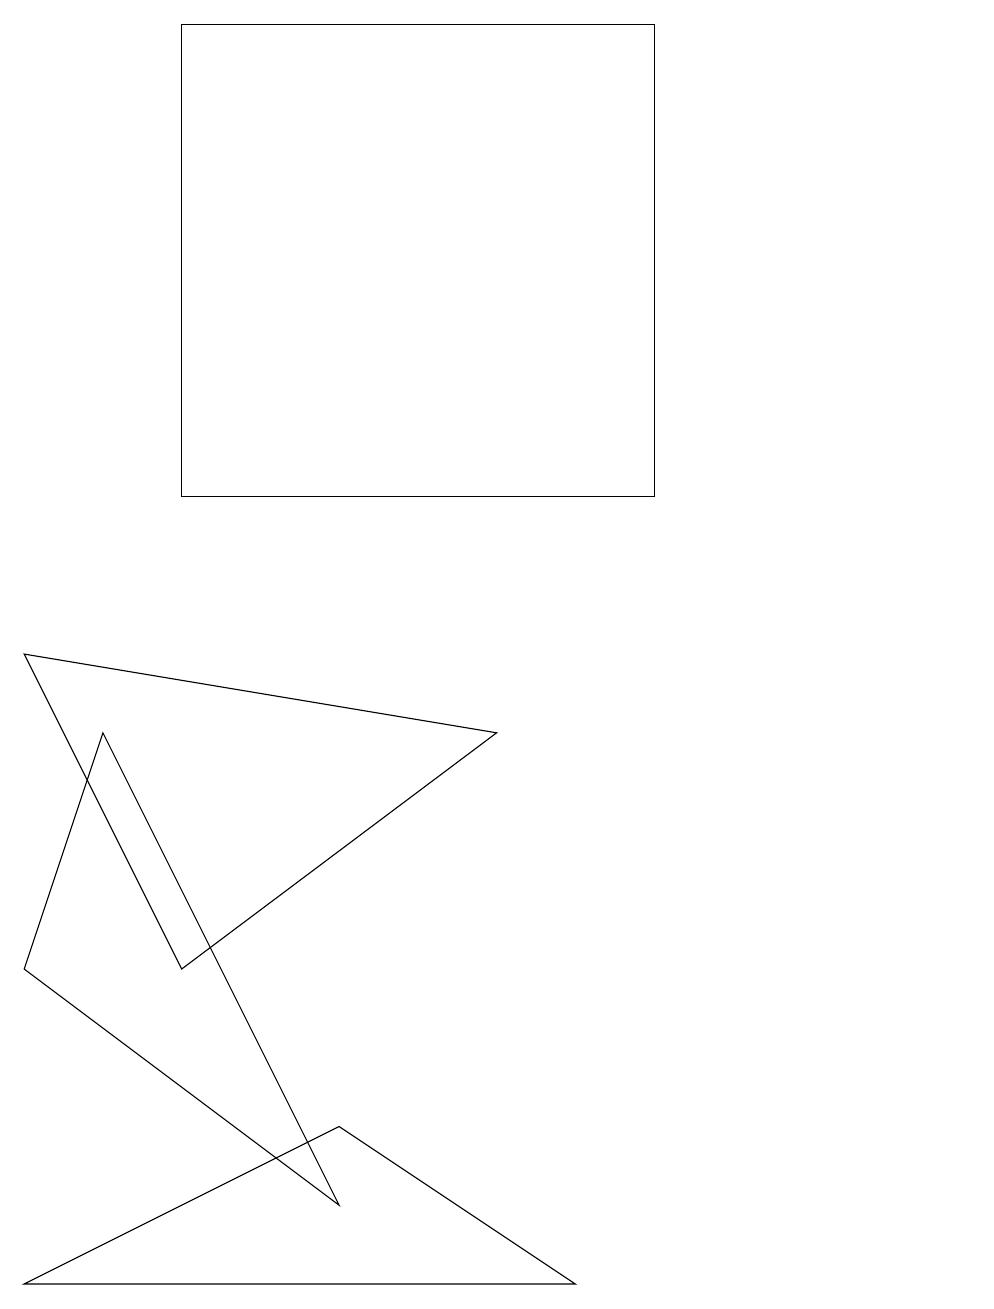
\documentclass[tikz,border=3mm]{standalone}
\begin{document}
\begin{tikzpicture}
\draw (4,2) -- (1,8) -- (0,5) -- cycle;
\draw (12,10) circle (0);
\draw (0,1) -- (4,3) -- (7,1) -- cycle;
\draw (6,8) -- (0,9) -- (2,5) -- cycle;
\draw (2,17) rectangle (8,11);
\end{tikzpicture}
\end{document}